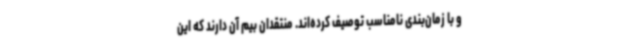
و با زمان‌بندی نامناسب توصیف کرده‌اند. منتقدان بیم آن دارند که این